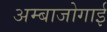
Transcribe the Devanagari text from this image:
अम्बाजोगाई